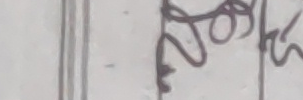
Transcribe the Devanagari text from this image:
ज्योति कृ